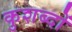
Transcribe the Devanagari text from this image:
कुशब्दों